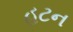
હટન